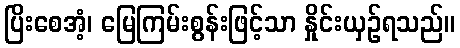
ပြိးစေအံ့၊ မြေကြမ်းစွန်းဖြင့်သာ နှိုင်းယှဉ်ရသည်။